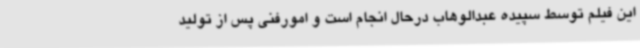
این فیلم توسط سپیده عبدالوهاب درحال انجام است و امورفنی پس از تولید